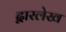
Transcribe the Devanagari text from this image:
द्वारलेख